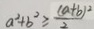
a ^ { 2 } + b ^ { 2 } \geqslant \frac { ( a + b ) ^ { 2 } } { 2 }